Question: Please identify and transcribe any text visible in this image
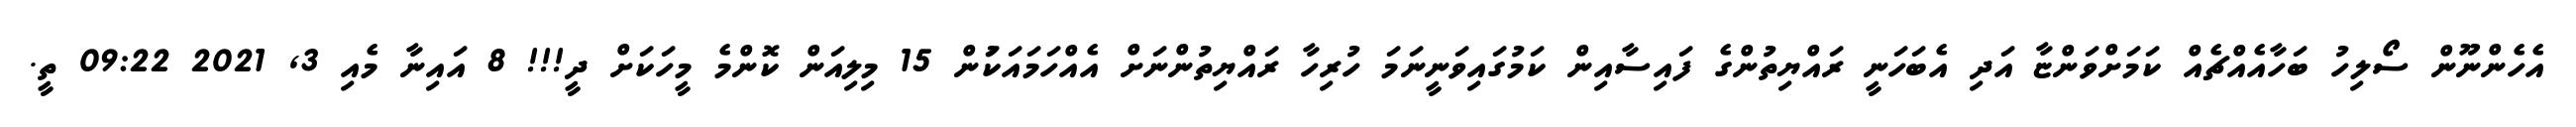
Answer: އެހެންނޫން ސޯލިހު ބަހާއެއްޗެއް ކަމަށްވަންޏާ އަދި އެބަހަނީ ރައްޔިތުންގެ ފައިސާއިން ކަމުގައިވަނީނަމަ ހުރިހާ ރައްޔިތުންނަށް އެއްހަމައަކަުން 15 މިލިއަން ކޮންމެ މީހަކަށް ދީ!!! 8 އައިނާ މެއި 3, 2021 09:22 ތީ.